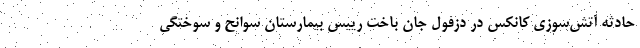
حادثه آتش‌سوزی کانکس در دزفول جان باخت رییس بیمارستان سوانح و سوختگی